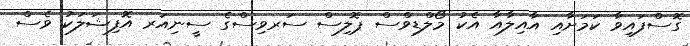
ގޮސްފައިވާ ކަމަށާއި އާއިލާއާ އެކު މޯލްޑިވްސް ޕޮލިސް ސަރވިސްގެ ސީނިއަރ އޮފިޝަލަކު ވެސް